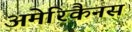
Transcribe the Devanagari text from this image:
अमेरिकैनस